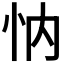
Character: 𢗉